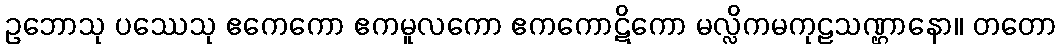
ဥဘောသု ပဿေသု ဧကေကော ဧကမူလကော ဧကကောဋိကော မလ္လိကမကုဠသဏ္ဌာနော။ တတော